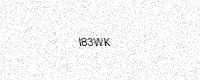
Text: I83WK